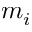
m _ { i }